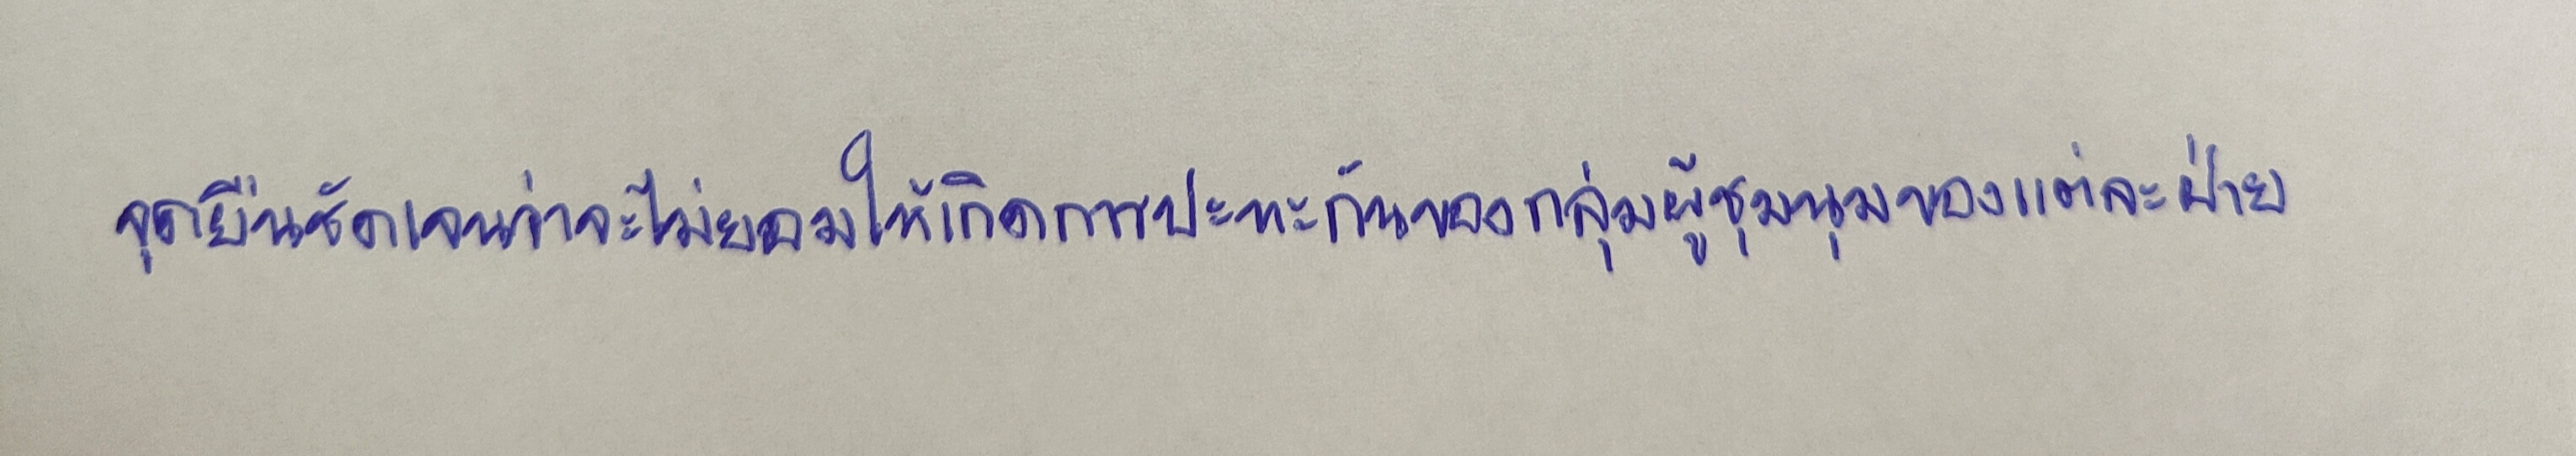
จุดยืนชัดเจนว่าจะไม่ยอมให้เกิดการปะทะกันของกลุ่มผู้ชุมนุมของแต่ละฝ่าย